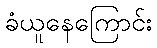
ခံယူနေကြောင်း